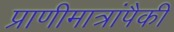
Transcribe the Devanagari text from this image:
प्राणीमात्रांपैकी